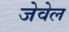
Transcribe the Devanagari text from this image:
जेवेल